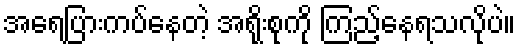
အရေပြားကပ်နေတဲ့ အရိုးစုကို ကြည့်နေရသလိုပဲ။